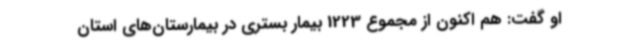
او گفت: هم اکنون از مجموع 1223 بیمار بستری در بیمارستان‌های استان